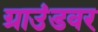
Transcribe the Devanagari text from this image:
ग्राउंडवर